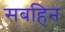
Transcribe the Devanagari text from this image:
सबहिन